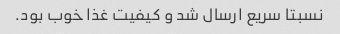
نسبتا سریع ارسال شد و کیفیت غذا خوب بود.